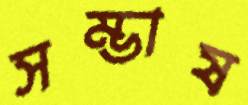
সম্ভাষ